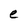
Character: e